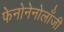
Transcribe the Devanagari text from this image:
फेनोनेनोलाँजी